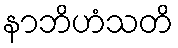
နာဘိဟံသတိ